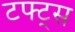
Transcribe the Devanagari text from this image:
टफ्ट्‌स